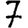
Digit: 7